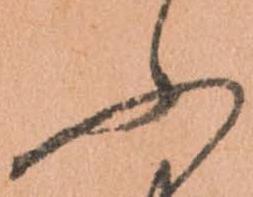
ふ